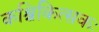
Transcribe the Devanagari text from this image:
कश्चिकित्सकः